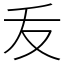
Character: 叐